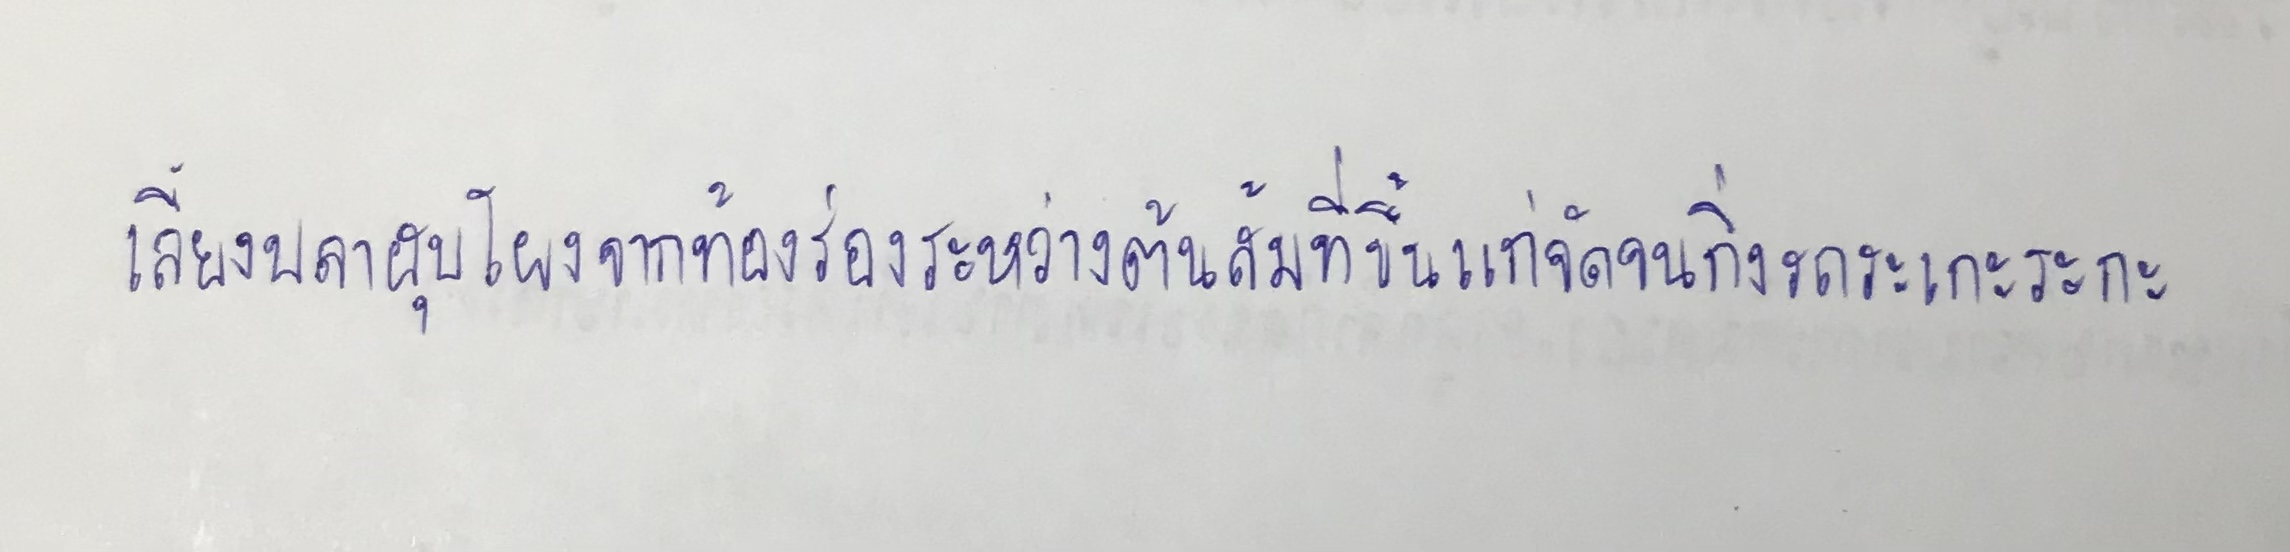
เสียงปลาฮุบโผงจากท้องร่องระหว่างต้นส้มที่ขึ้นแก่จัดจนกิ่งรกระเกะระกะ